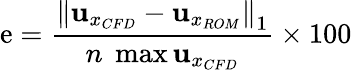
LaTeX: \mathrm{e}=\frac{{{\| {\mathbf{{u}}_{{x}_{CFD}}-\mathbf{{u}}_{x_{ROM}}}\| }_{1}}}{{n\; \operatorname*{max}{\mathbf{{u}}_{{x}_{CFD}}}}}\times100